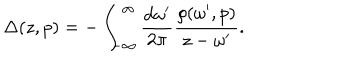
LaTeX: \Delta ( z , p ) = - \int _ { - \infty } ^ { \infty } \frac { d \omega ^ { \prime } } { 2 \pi } \frac { \rho ( \omega ^ { \prime } , p ) } { z - \omega ^ { \prime } } .